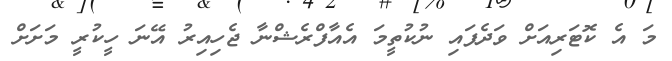
މަ އެ ކޮޓަރިއަށް ވަދެފައި ނުކުތީމަ އެއާފްރެޝްނާ ޖެހިއިރު އޭނަ ހީކުރީ މަށަށް